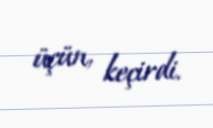
üçün, keçirdi.